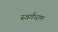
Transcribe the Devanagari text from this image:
स्वर्गधाम